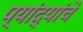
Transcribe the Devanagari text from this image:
प्यांद्यांचे